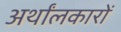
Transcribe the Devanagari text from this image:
अर्थांलकारों